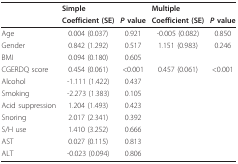
<table><thead><tr><td></td><td colspan="2"><b>Simple</b></td><td colspan="2"><b>Multiple</b></td></tr><tr><td></td><td><b>Coefficient (SE)</b></td><td><b><i>P </i>value</b></td><td><b>Coefficient (SE)</b></td><td><b><i>P </i>value</b></td></tr></thead><tbody><tr><td>Age</td><td>0.004 (0.037)</td><td>0.921</td><td>-0.005 (0.082)</td><td>0.850</td></tr><tr><td>Gender</td><td>0.842 (1.292)</td><td>0.517</td><td>1.151 (0.983)</td><td>0.246</td></tr><tr><td>BMI</td><td>0.094 (0.180)</td><td>0.605</td><td></td><td></td></tr><tr><td>CGERDQ score</td><td>0.454 (0.061)</td><td>&lt;0.001</td><td>0.457 (0.061)</td><td>&lt;0.001</td></tr><tr><td>Alcohol</td><td>-1.111 (1.422)</td><td>0.437</td><td></td><td></td></tr><tr><td>Smoking</td><td>-2.273 (1.383)</td><td>0.105</td><td></td><td></td></tr><tr><td>Acid suppression</td><td>1.204 (1.493)</td><td>0.423</td><td></td><td></td></tr><tr><td>Snoring</td><td>2.017 (2.341)</td><td>0.392</td><td></td><td></td></tr><tr><td>S/H use</td><td>1.410 (3.252)</td><td>0.666</td><td></td><td></td></tr><tr><td>AST</td><td>0.027 (0.115)</td><td>0.813</td><td></td><td></td></tr><tr><td>ALT</td><td>-0.023 (0.094)</td><td>0.806</td><td></td><td></td></tr></tbody></table>